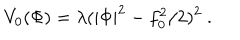
LaTeX: V _ { 0 } ( \Phi ) = \lambda ( | \Phi | ^ { 2 } - f _ { 0 } ^ { 2 } / 2 ) ^ { 2 } \ .